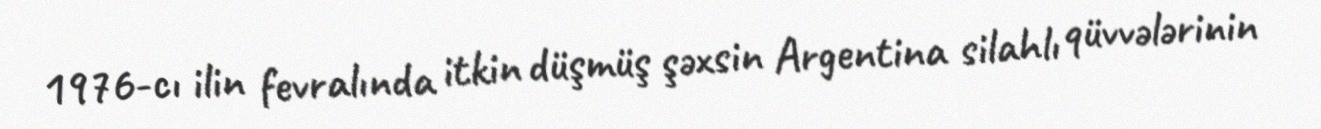
1976-cı ilin fevralında itkin düşmüş şəxsin Argentina silahlı qüvvələrinin